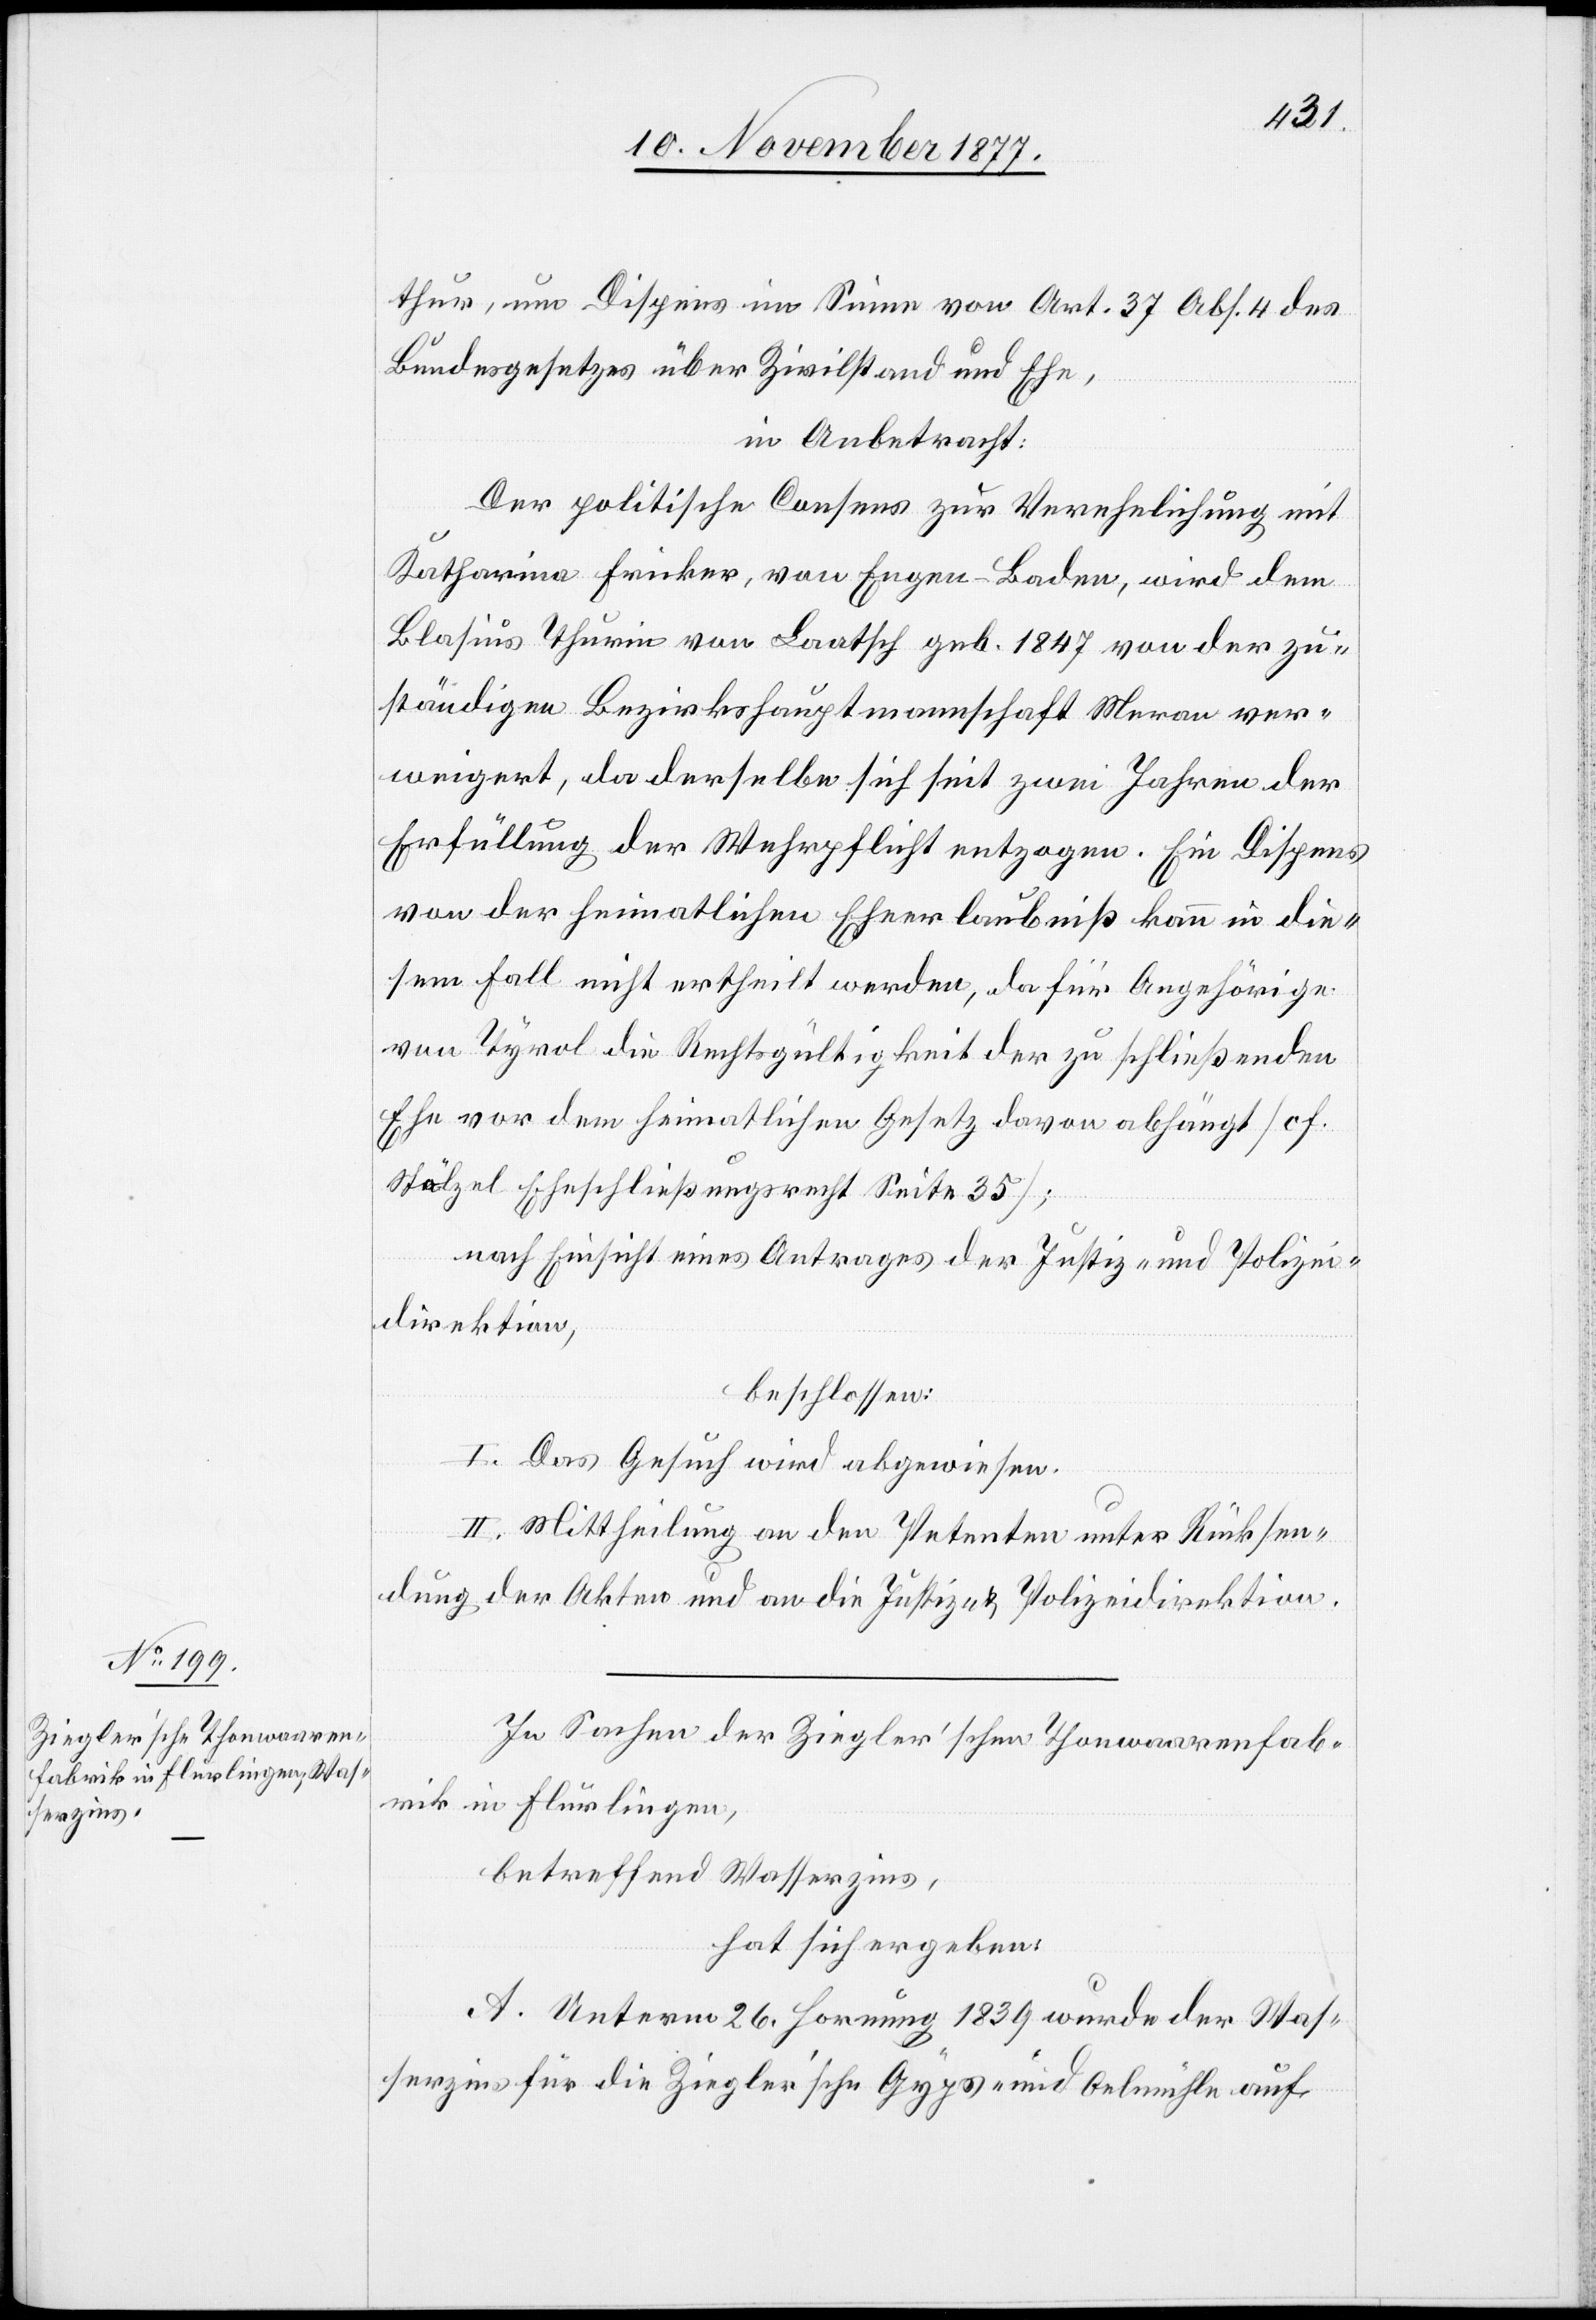
thur, um Dispens im Sinne von Art. 37 Abs. 4 des
Bundesgesetzes über Zivilstand und Ehe,
in Anbetracht:
Der politische Consens zur Verehelichung mit
Katharina Fricker, von Engen - Baden, wird dem
Blasius Thurin von Laatsch geb. 1847 von der zu¬
ständigen Bezirkshauptmannschaft Meran ver¬
weigert, da derselbe sich seit zwei Jahren der
Erfüllung der Wehrpflicht entzogen. Ein Dispens
von der heimatlichen Eheerlaubniß kann in die¬
sem Fall nicht ertheilt werden, da für Angehörige
von Tyrol die Rechtsgültigkeit der zu schließenden
Ehe vor dem heimatlichen Gesetz davon abhängt [cf.
Stölzel Eheschließungsrecht Seite 35];
nach Einsicht eines Antrages der Justiz- und Polizei¬
direktion,
beschlossen:
I. Das Gesuch wird abgewiesen.
II. Mittheilung an den Petenten unter Rücksen¬
dung der Akten und an die Justiz- & Polizeidirektion.
In Sachen der Ziegler’schen Thonwaarenfab¬
rik in Flurlingen,
betreffend Wasserzins,
hat sich ergeben:
A. Unterm 26. Hornung 1839 wurde der Was¬
serzins für die Ziegler’sche Gyps- und Oelmühle auf